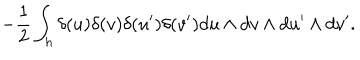
LaTeX: - { \frac { 1 } { 2 } } \int _ { h } \delta ( u ) \delta ( v ) \delta ( u ^ { \prime } ) \delta ( v ^ { \prime } ) d u \wedge d v \wedge d u ^ { \prime } \wedge d v ^ { \prime } .